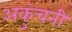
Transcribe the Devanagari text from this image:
अकुंचनी